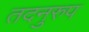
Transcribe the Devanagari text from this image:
तदनुरुप